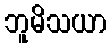
ဘူမိသယာ